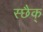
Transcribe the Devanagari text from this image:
स्छैक्